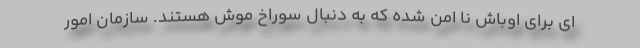
ای برای اوباش نا امن شده که به دنبال سوراخ موش هستند. سازمان امور